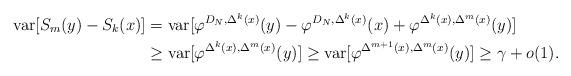
LaTeX: \begin{align*}\mathrm{var}[S_{m}(y)-S_{k}(x)]&=\mathrm{var}[\varphi^{D_{N},\Delta^{k}(x)}(y)-\varphi^{D_{N},\Delta^{k}(x)}(x)+\varphi^{\Delta^{k}(x),\Delta^{m}(x)}(y)]\\&\geq\mathrm{var}[\varphi^{\Delta^{k}(x),\Delta^{m}(x)}(y)]\geq\mathrm{var}[\varphi^{\Delta^{m+1}(x),\Delta^{m}(x)}(y)]\geq\gamma+o(1).\end{align*}